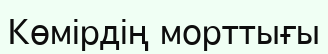
Көмірдің морттығы